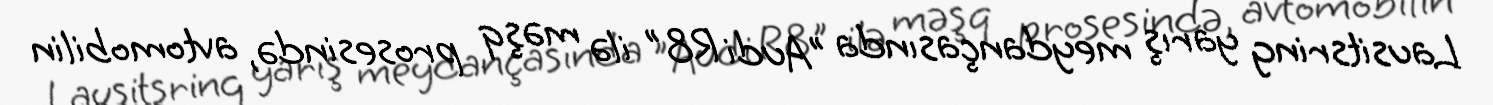
Lausitsring yarış meydançasında "Audi R8" ilə məşq prosesində, avtomobilin